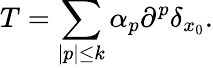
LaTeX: T=\sum_{|p|\leq k}\alpha_{p}\partial^{p}\delta_{x_{0}}.